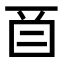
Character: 𬻕